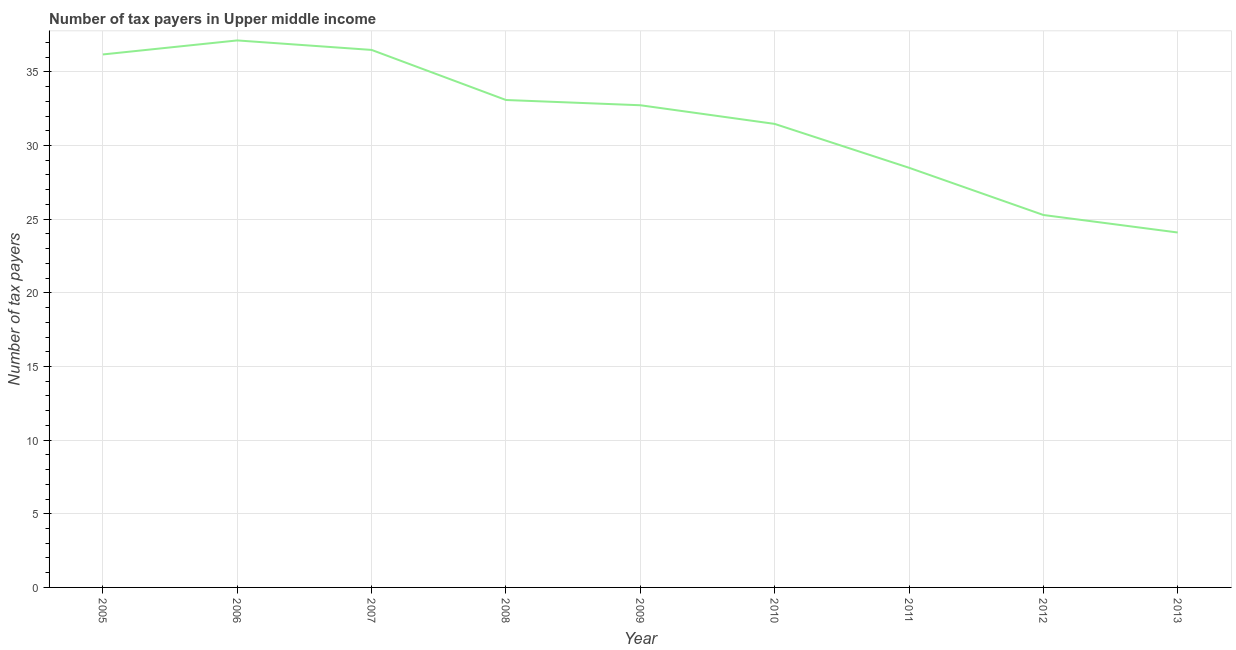
| Year | Tax payments |
 | --- | --- |
 | 2005 | 36.2 |
 | 2006 | 37.1 |
 | 2007 | 36.5 |
 | 2008 | 33.1 |
 | 2009 | 32.7 |
 | 2010 | 31.5 |
 | 2011 | 28.5 |
 | 2012 | 25.3 |
 | 2013 | 24.1 |